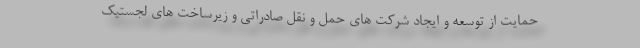
حمایت از توسعه و ایجاد شرکت های حمل و نقل صادراتی و زیرساخت های لجستیک